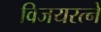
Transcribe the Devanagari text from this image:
विजयरत्ने